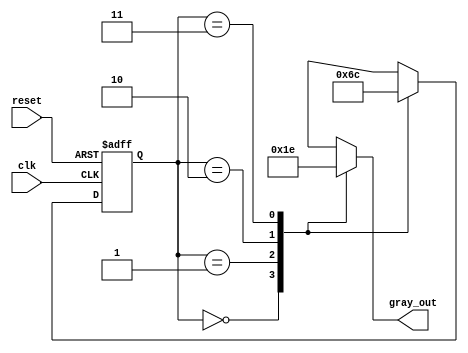
module gray_code_generator (
    input wire clk,          // Clock input
    input wire reset,        // Asynchronous reset
    output reg [1:0] gray_out // 2-bit Gray code output
);

// State encoding
localparam STATE_00 = 2'b00; // State 00
localparam STATE_01 = 2'b01; // State 01
localparam STATE_11 = 2'b10; // State 11
localparam STATE_10 = 2'b11; // State 10

// Current state register
reg [1:0] current_state;

// Sequential logic for state transitions
always @(posedge clk or posedge reset) begin
    if (reset) begin
        current_state <= STATE_00; // Reset to State 00
    end else begin
        case (current_state)
            STATE_00: current_state <= STATE_01; // From 00 to 01
            STATE_01: current_state <= STATE_11; // From 01 to 11
            STATE_11: current_state <= STATE_10; // From 11 to 10
            STATE_10: current_state <= STATE_00; // From 10 to 00
            default: current_state <= STATE_00;  // Default to State 00
        endcase
    end
end

// Output logic
always @(*) begin
    case (current_state)
        STATE_00: gray_out = 2'b00; // Output for State 00
        STATE_01: gray_out = 2'b01; // Output for State 01
        STATE_11: gray_out = 2'b11; // Output for State 11
        STATE_10: gray_out = 2'b10; // Output for State 10
        default: gray_out = 2'b00;   // Default output
    endcase
end

endmodule